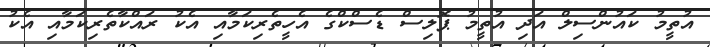
އުތީމު ކައުންސިލް އަދި އުތީމު ޕޮލިސް ޑެސްކްގެ އެހީތެރިކަމާއި އެކު ރައްކާތެރިކަމާއި އެކު